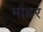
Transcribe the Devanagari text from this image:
मौहर